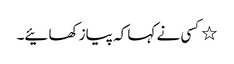
٭کسی نے کہا کہ پیاز کھائیے۔